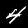
Digit: 4